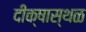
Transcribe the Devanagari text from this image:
दीक्षास्थळ